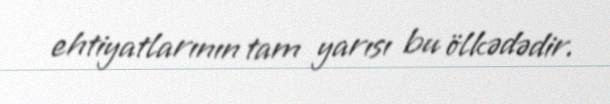
ehtiyatlarının tam yarısı bu ölkədədir.